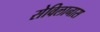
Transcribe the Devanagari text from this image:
सेविलानास